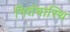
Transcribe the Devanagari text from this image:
नितंबास्थि